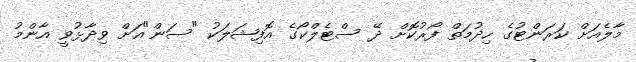
މާލެއަށް ކަރަންޓުގެ ހިދުމަތް ފޯރުކޮށް ދޭ ސްޓެލްކޯގެ އޮފިޝަލަކު "ސަން"އަށް ވިދާޅުވީ އާންމު